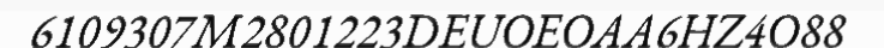
6109307M2801223DEUOEOAA6HZ4O88